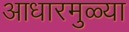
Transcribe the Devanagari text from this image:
आधारमुळ्या